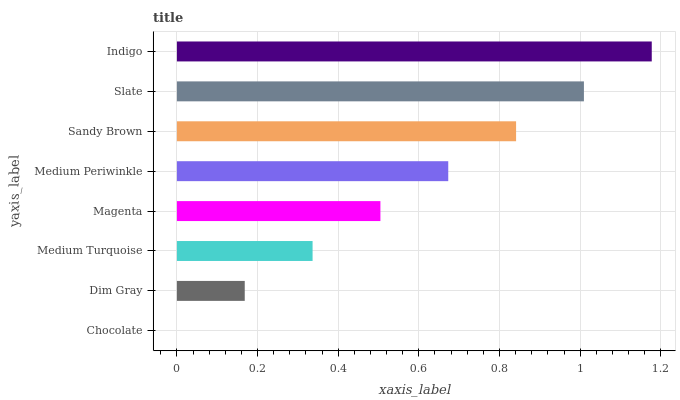
| yaxis_label | bars |
 | --- | --- |
 | Chocolate | 0 |
 | Dim Gray | 0.168 |
 | Medium Turquoise | 0.336 |
 | Magenta | 0.505 |
 | Medium Periwinkle | 0.673 |
 | Sandy Brown | 0.841 |
 | Slate | 1.01 |
 | Indigo | 1.18 |